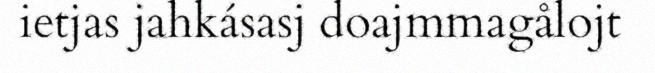
ietjas jahkásasj doajmmagålojt